Riigikantselei, lk 150
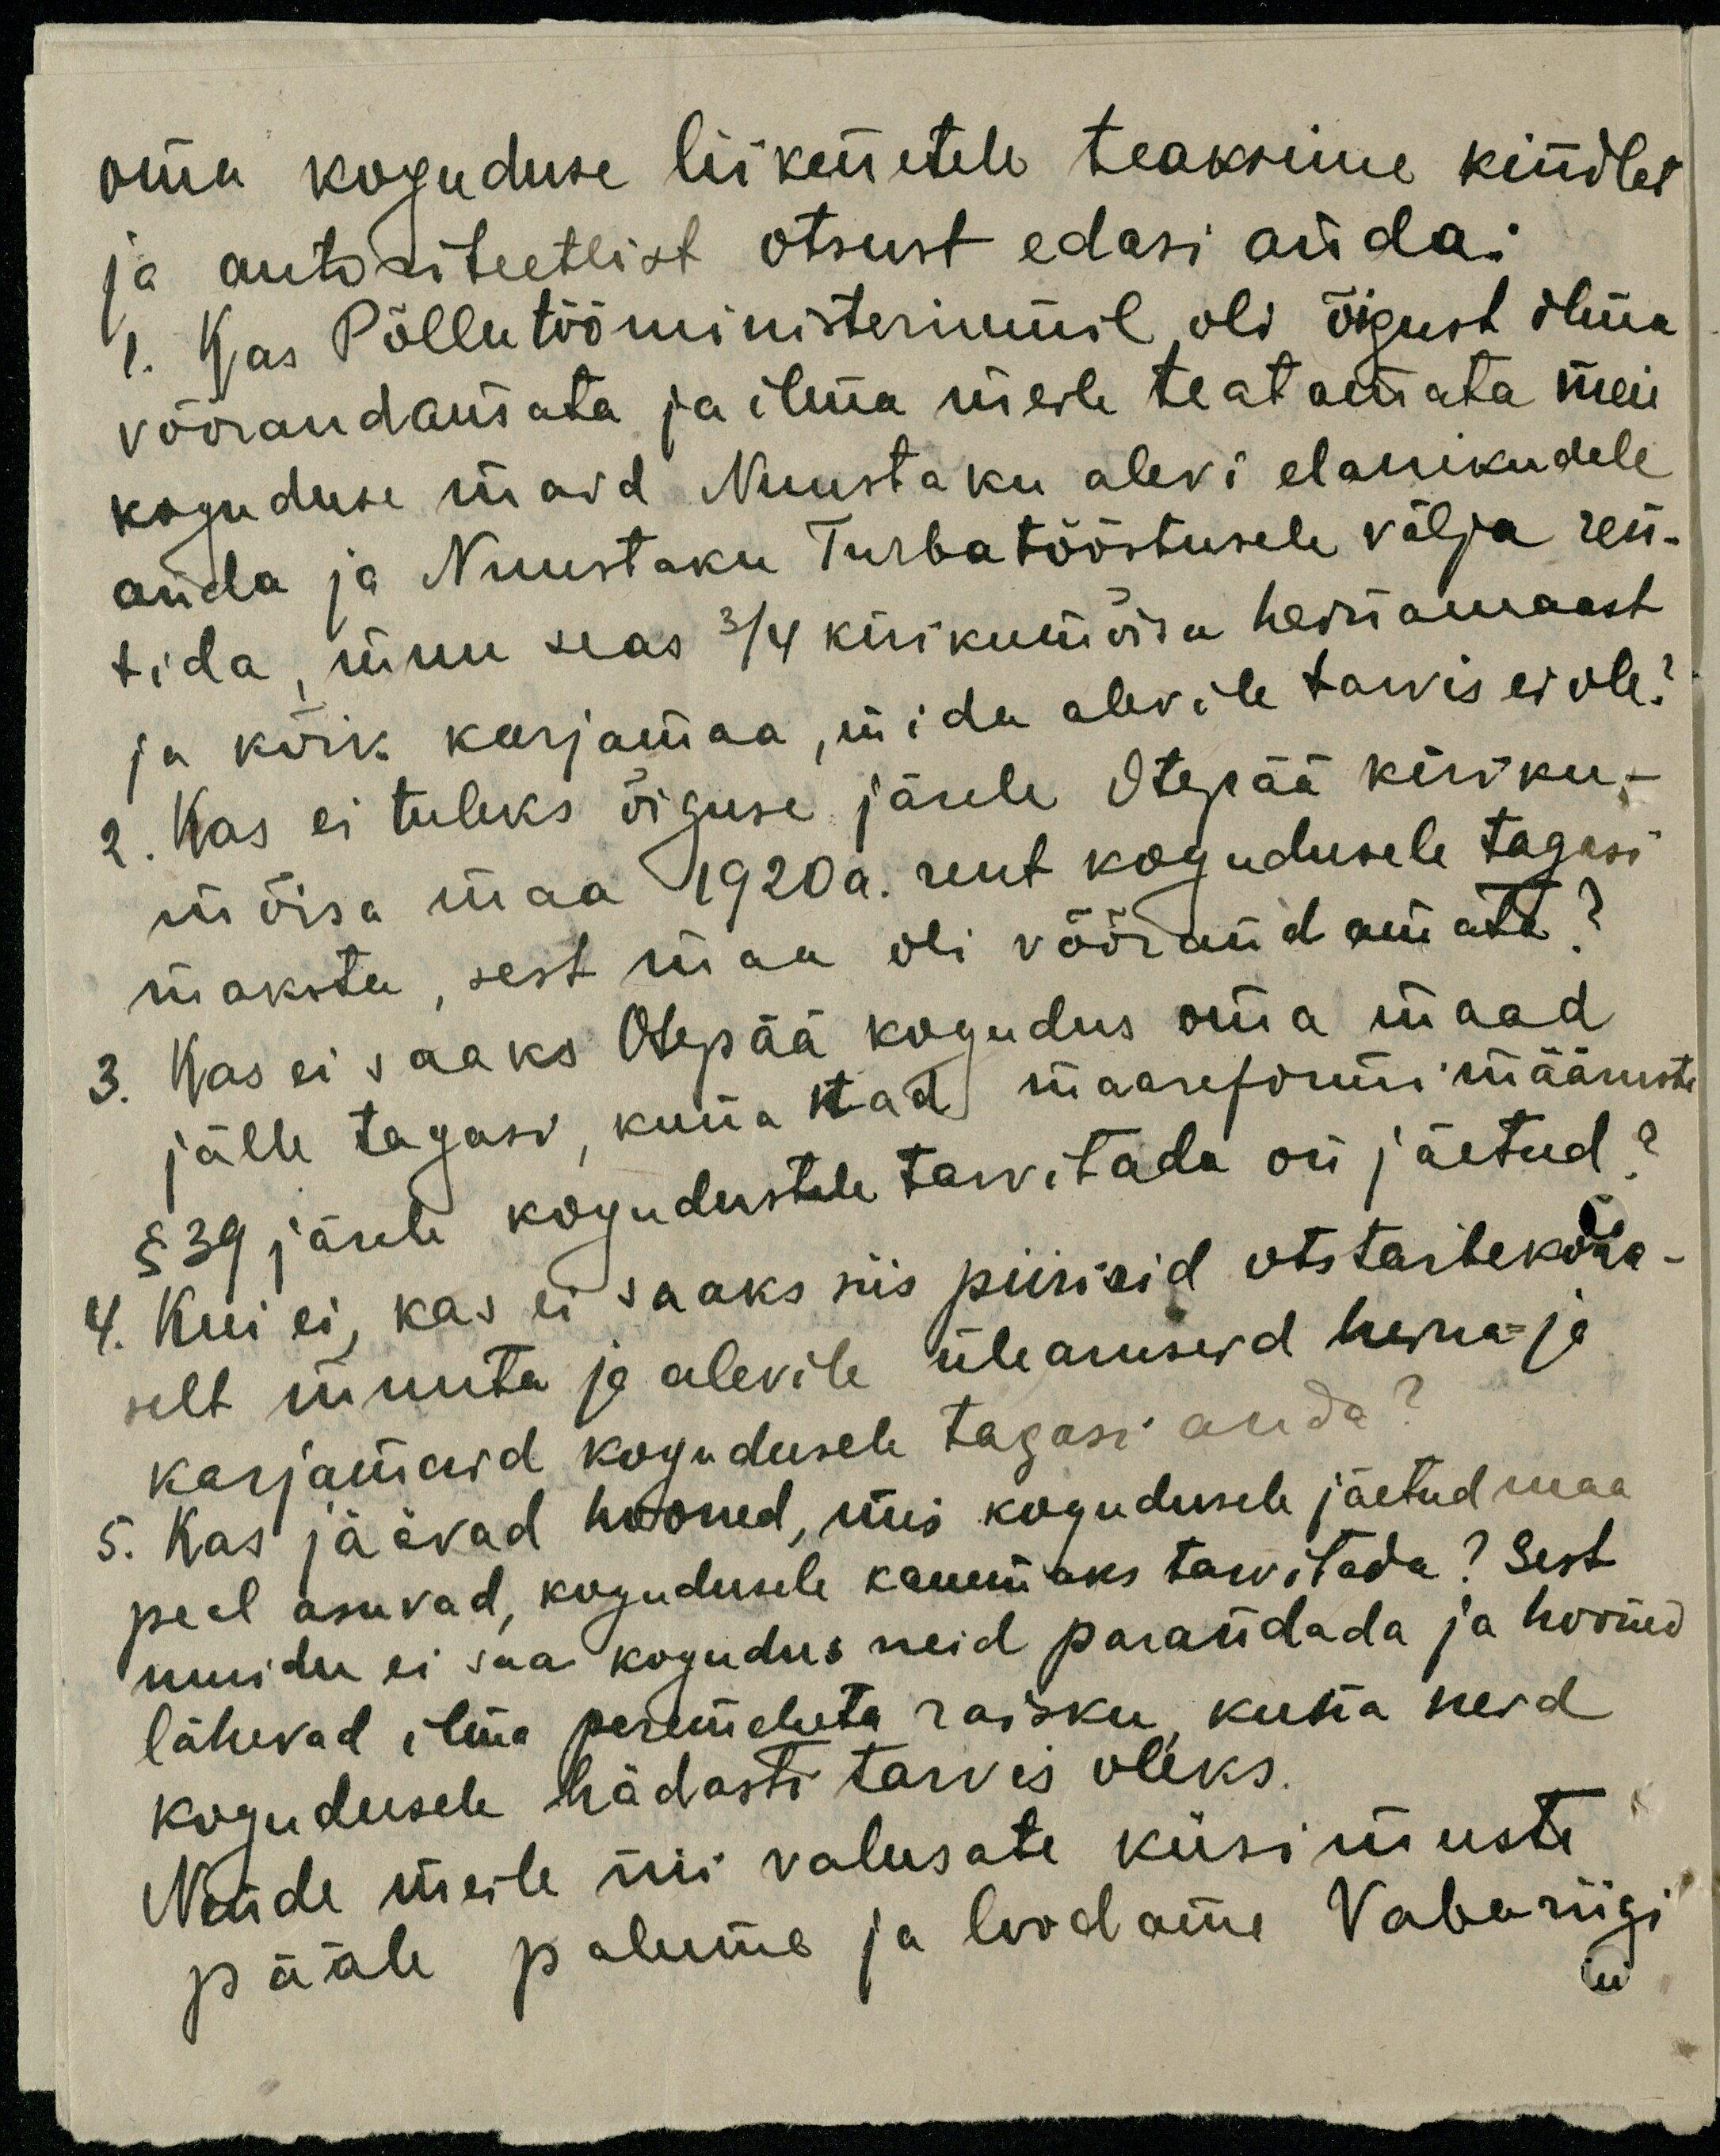
oma koguduse liikmetele teaksime kindlat
ja autoriteetlist otsust edasi anda:
1. Kas Põllutööministeriumil oli õigust ilma
võõrandamata ja ilma meile teatamata meie
koguduse maid Nuustaku alevi elanikudele
anda ja Nuustaku Turbatööstusele välja ren-
tida, muu seas 3/4 kirikumõisa heinamaast
ja kõik karjamaa, mida alevile tarvis ei ole?
2. Kas ei tuleks õiguse järele Otepää kiriku-
mõisa maa 1920 a. rent kogudusele tagasi
maksta, sest maa oli võõrandamata?
3. Kas ei saaks Otepää kogudus oma maad
jälle tagasi, kuna nad maareformi määruste
§ 39 järele kogudustele tarvitada on jäetud?
4. Kui ei, kas ei saaks siis piirisid otstarbekoha-
selt muuta ja alevile ülearuseid heina- ja
karjamaid kogudusele tagasi anda?
5. Kas jäävad hooned, mis kogudusele jäetud maa
peal asuvad, kogudusele kauemaks tarvitada? Sest
muidu ei saa kogudus neid parandada ja hooned
lähevad ilma peremeheta raisku kuna neid
kogudusele hädasti tarvis oleks.
Nende meile nii valusate küsimuste
pääle palume ja loodame Vabariigi